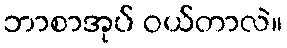
ဘာစာအုပ် ဝယ်တာလဲ။